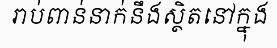
រាប់ពាន់នាក់នឹងស្ថិតនៅក្នុង